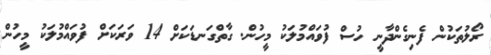
ރޯލުތަކުން ފެނިގެންދާނީ ހުސް ފުވައްމުލަކު މީހުން. ގާތްގަނޑަކަށް 14 ވަރަކަށް ފުވައްމުލަކު މީހުން